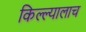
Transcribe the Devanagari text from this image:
किल्ल्यालाच